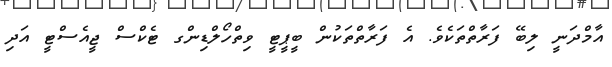
އާމްދަނީ ލިބޭ ފަރާތްތަކެވެ. އެ ފަރާތްތަކުން ބީޕީޓީ ވިތްހޯލްޑިންގ ޓެކްސް ޖީއެސްޓީ އަދި